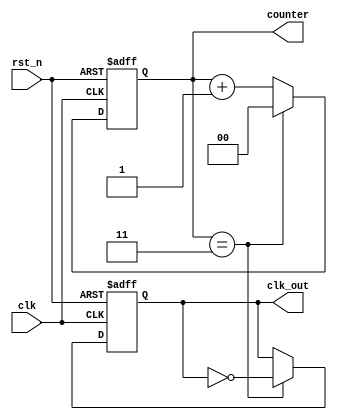
module frequency_divider #(
    parameter N = 4  // Division factor
)(
    input wire clk,       // Clock input
    input wire rst_n,     // Active-low reset input
    output reg clk_out,   // Divided clock output
    output reg [$clog2(N)-1:0] counter // Counter value output
);

    // Counter logic
    always @(posedge clk or negedge rst_n) begin
        if (!rst_n) begin
            counter <= 0;     // Reset counter to 0
            clk_out <= 0;     // Reset output clock to low
        end else begin
            if (counter == N - 1) begin
                counter <= 0;   // Reset counter
                clk_out <= ~clk_out; // Toggle output clock
            end else begin
                counter <= counter + 1; // Increment counter
            end
        end
    end

endmodule